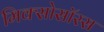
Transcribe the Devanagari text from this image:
मिक्सोसॉरस